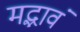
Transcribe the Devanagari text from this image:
मद्भावं